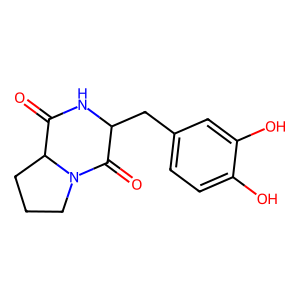
SMILES: O=C1NC(Cc2ccc(O)c(O)c2)C(=O)N2CCCC12
Inhibits HIV replication: No